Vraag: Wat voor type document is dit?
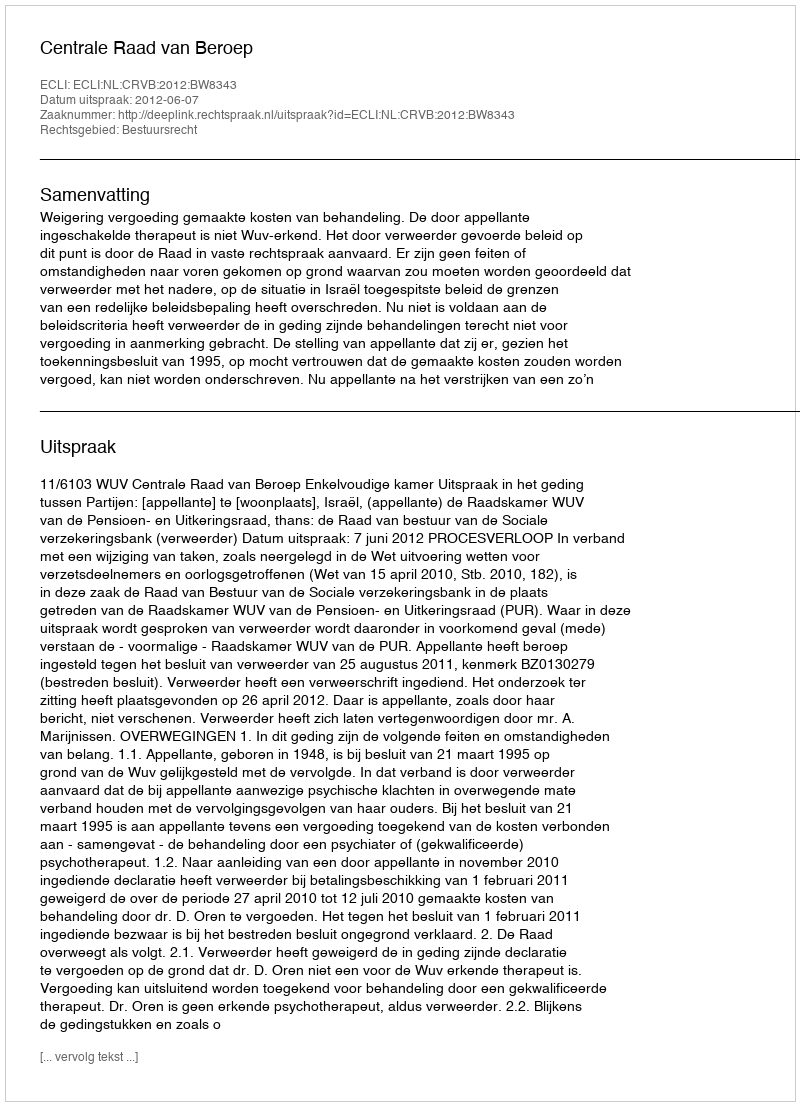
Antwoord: Uitspraak